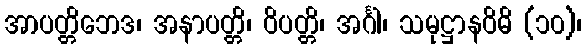
အာပတ္တိဘေဒ၊ အနာပတ္တိ၊ ဝိပတ္တိ၊ အင်္ဂါ၊ သမုဋ္ဌာနဝိဓိ (၁၀)၊